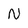
Character: N